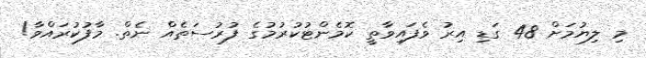
މި ލިޔުމަށް 48 ގަޑި އިރު ވެފައިވާތީ ކޮމެންޓުކުރުމުގެ ފުރުސަތެއް ނެތް. މާފުކުރައްވާ!